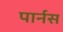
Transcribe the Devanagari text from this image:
पार्नस